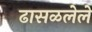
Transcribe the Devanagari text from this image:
ढासळलेले